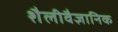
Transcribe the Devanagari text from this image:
शैलीवैज्ञानिक